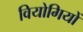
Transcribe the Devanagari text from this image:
वियोगियों